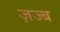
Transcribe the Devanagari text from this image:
ज़ज्ब